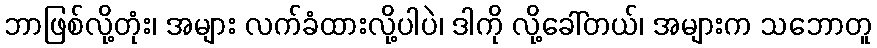
ဘာဖြစ်လို့တုံး၊ အများ လက်ခံထားလို့ပါပဲ၊ ဒါကို လို့ခေါ်တယ်၊ အများက သဘောတူ